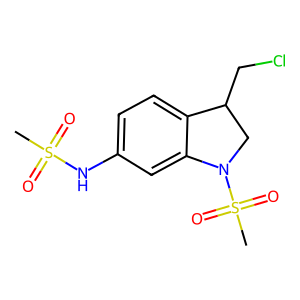
SMILES: CS(=O)(=O)Nc1ccc2c(c1)N(S(C)(=O)=O)CC2CCl
Inhibits HIV replication: No